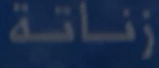
زفاتة